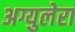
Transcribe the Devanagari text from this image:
अग्युलेरा